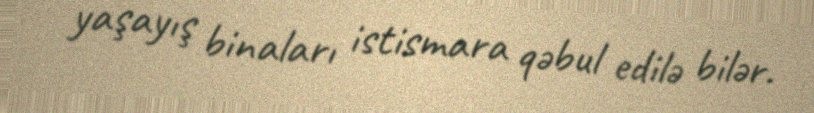
yaşayış binaları istismara qəbul edilə bilər.